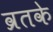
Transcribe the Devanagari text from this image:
व्रतके